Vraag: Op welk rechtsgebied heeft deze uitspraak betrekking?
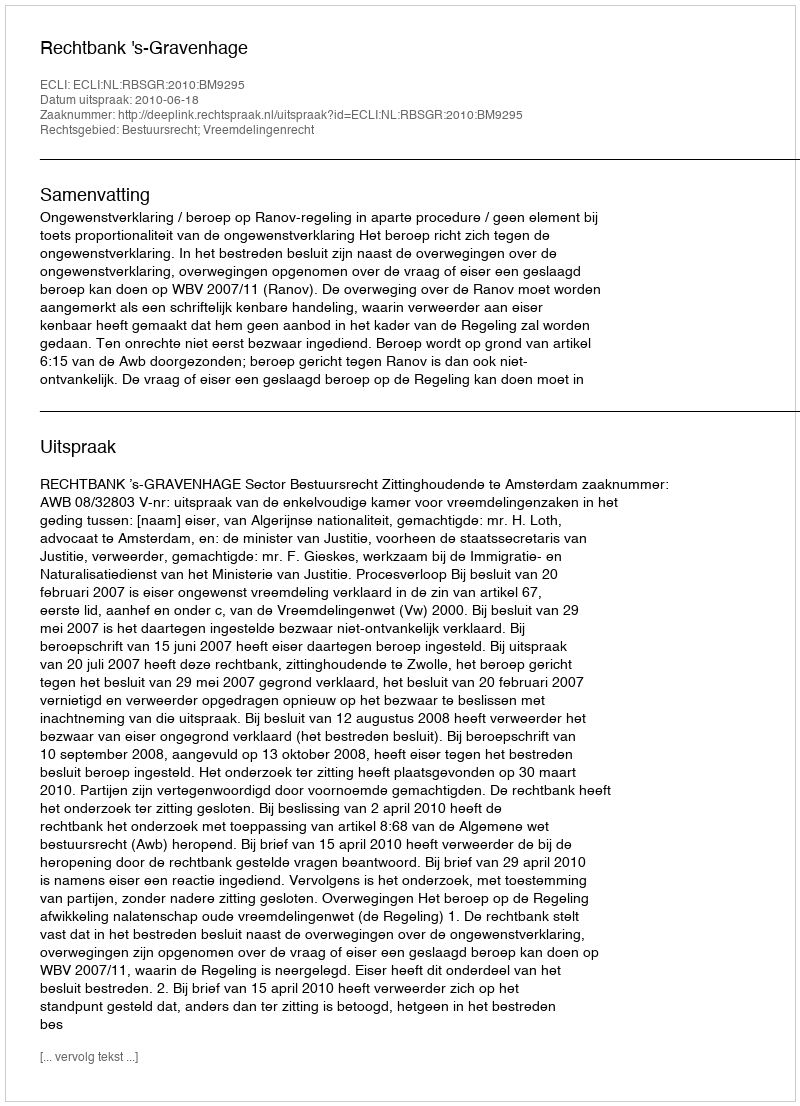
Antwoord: Bestuursrecht; Vreemdelingenrecht